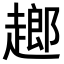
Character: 𧽗